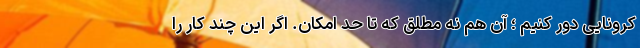
کرونایی دور کنیم ؛ آن هم نه مطلق که تا حد امکان. اگر این چند کار را